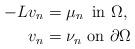
LaTeX: \begin{align*}-L v_n & = \mu_n\,\,\,\mbox{in}\,\,\Omega,\\v_n & = \nu_n \,\,\mbox{on}\,\,\partial\Omega \end{align*}